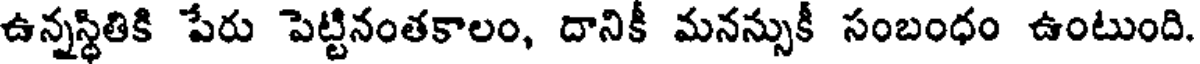
ఉన్నస్థితికి పేరు పెట్టినంతకాలం, దానికీ మనన్సుకీ సంబంధం ఉంటుంది.